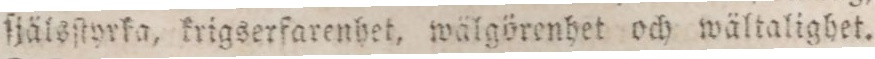
ſjälsſtyrka, krigserfarenhet, wälgörenhet och wältalighet.